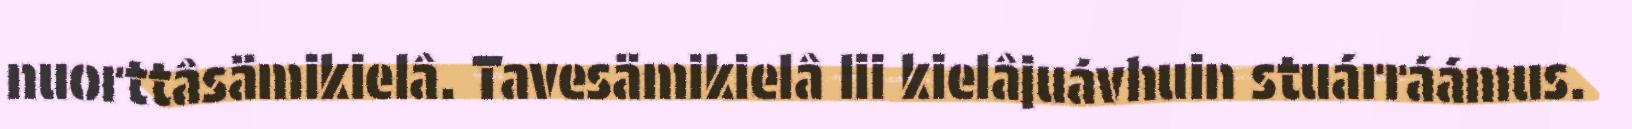
nuorttâsämikielâ. Tavesämikielâ lii kielâjuávhuin stuárráámus.